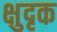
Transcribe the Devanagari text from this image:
क्षुदृक